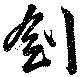
劍